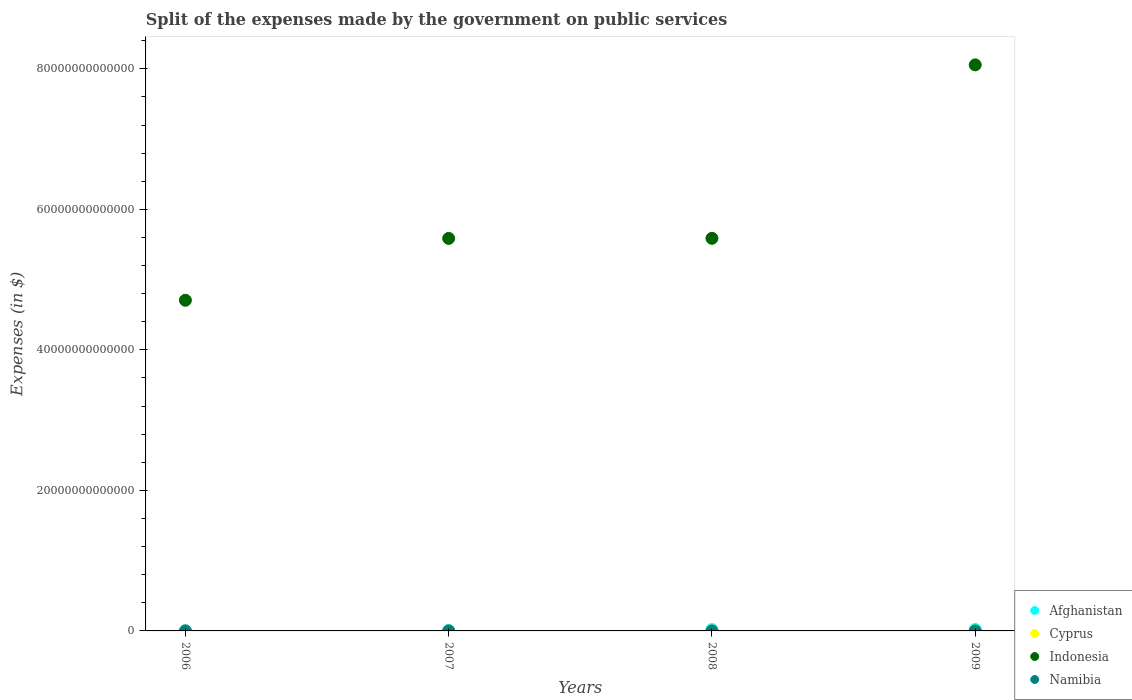
| Years | Afghanistan | Cyprus | Indonesia | Namibia |
 | --- | --- | --- | --- | --- |
 | 2006 | 4.1e+10 | 1.26e+09 | 4.71e+13 | 2.17e+09 |
 | 2007 | 7.84e+10 | 1.17e+09 | 5.59e+13 | 3e+09 |
 | 2008 | 1.89e+11 | 1.33e+09 | 5.59e+13 | 3.89e+09 |
 | 2009 | 1.94e+11 | 8.23e+08 | 8.06e+13 | 4.65e+09 |